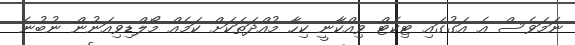
ނަމަވެސް އެ އަގުގައި ޓިކެޓް ވިއްކާނީ ކިހާ މުއްދަތަކަށް ކަމެއް މޯލްޑިވިއަނުން ނުބުނެ